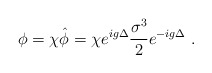
\begin{align*}\phi = \chi \hat{\phi} = \chi e^{ig\Delta} \frac{\sigma^3}{2} e^{-ig\Delta}\ .\end{align*}